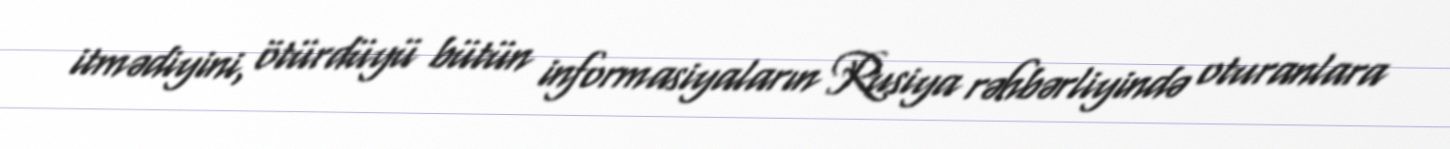
itmədiyini, ötürdüyü bütün informasiyaların Rusiya rəhbərliyində oturanlara